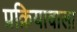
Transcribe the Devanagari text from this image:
प्रक्रियावाला